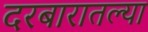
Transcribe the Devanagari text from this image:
दरबारातल्या